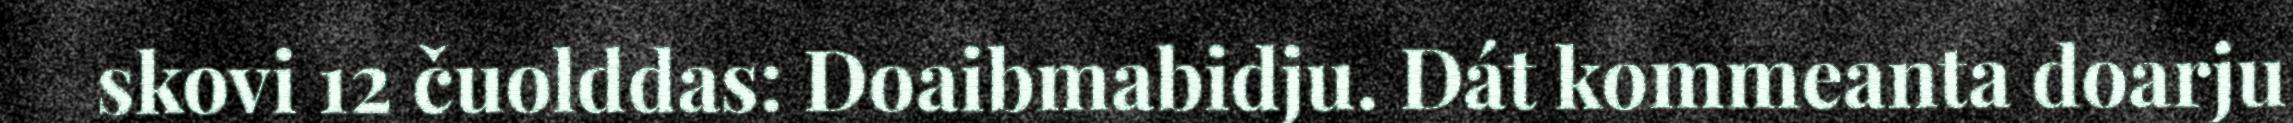
skovi 12 čuolddas: Doaibmabidju. Dát kommeanta doarju